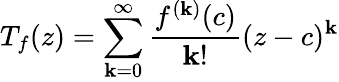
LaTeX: T_{f}(z)=\sum_{\mathbf{k}=0}^{\infty}{\frac{{f^{(\mathbf{k})}(c)}}{{\mathbf{k}!}}}(z-c)^{\mathbf{k}}